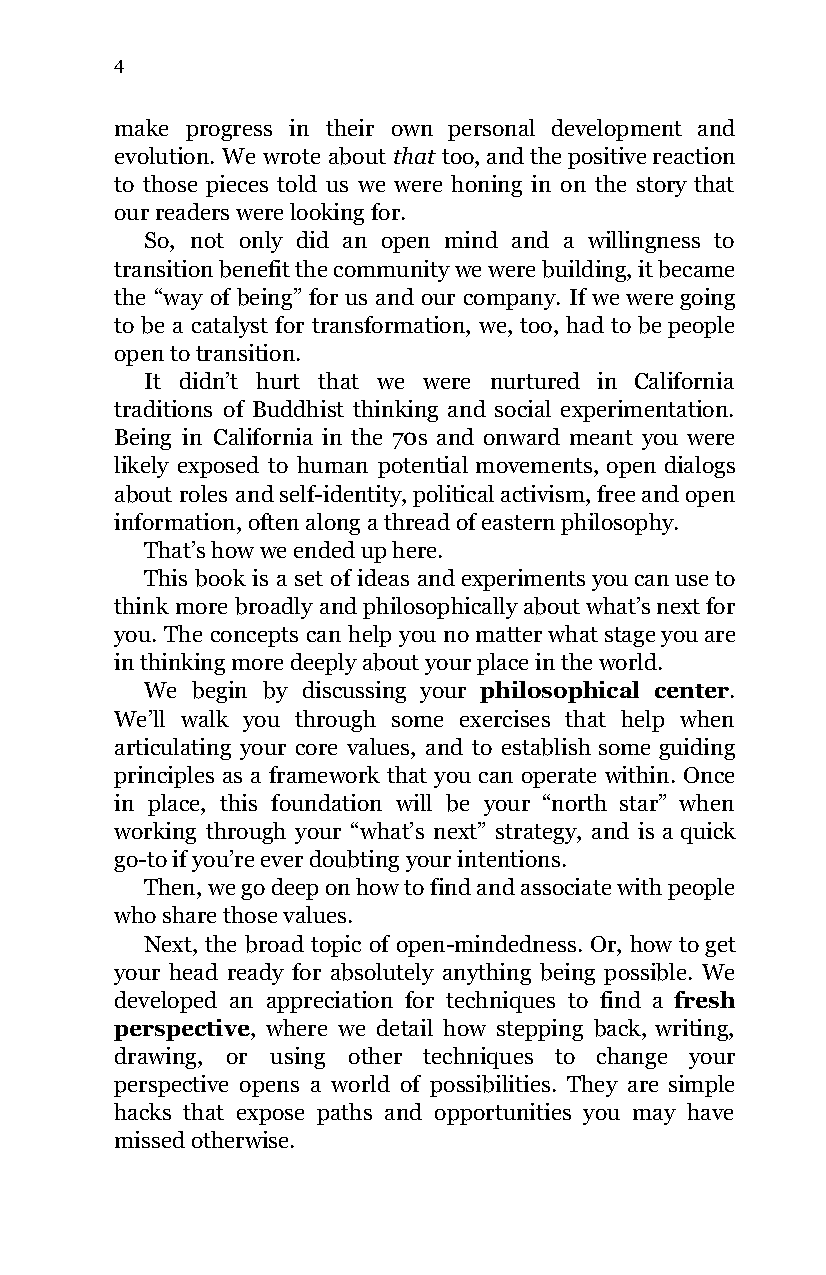
4
 make progress in their own personal development and
 evolution. We wrote about that too, and the positive reaction
 ​
 to those pieces told us we were honing in on the story that
 our readers were looking for.
 So, not only did an open mind and a willingness to
 transition benefit the community we were building, it became
 the “way of being” for us and our company. If we were going
 to be a catalyst for transformation, we, too, had to be people
 open to transition.
 It didn’t hurt that we were nurtured in California
 traditions of Buddhist thinking and social experimentation.
 Being in California in the 70s and onward meant you were
 likely exposed to human potential movements, open dialogs
 about roles and self-identity, political activism, free and open
 information, often along a thread of eastern philosophy.
 That’s how we ended up here.
 This book is a set of ideas and experiments you can use to
 think more broadly and philosophically about what’s next for
 you. The concepts can help you no matter what stage you are
 in thinking more deeply about your place in the world.
 We begin by discussing your philosophical center.
 ​               ​
 We’ll walk you through some exercises that help when
 articulating your core values, and to establish some guiding
 principles as a framework that you can operate within. Once
 in place, this foundation will be your “north star” when
 working through your “what’s next” strategy, and is a quick
 go-to if you’re ever doubting your intentions.
 Then, we go deep on how to find and associate with people
 who share those values.
 Next, the broad topic of open-mindedness. Or, how to get
 your head ready for absolutely anything being possible. We
 developed an appreciation for techniques to find a fresh
 ​
 perspective, where we detail how stepping back, writing,
 ​
 drawing, or using other techniques to change your
 perspective opens a world of possibilities. They are simple
 hacks that expose paths and opportunities you may have
 missed otherwise.